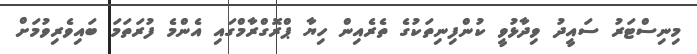
މިނިސްޓަރު ސައީދު ވިދާޅުވީ ކުންފިނިތަކުގެ ތެރެއިން ހިޔާ ޕްރޮގްރާމްގައި އެންމެ ފުރަތަމަ ބައިވެރިވުމަށް